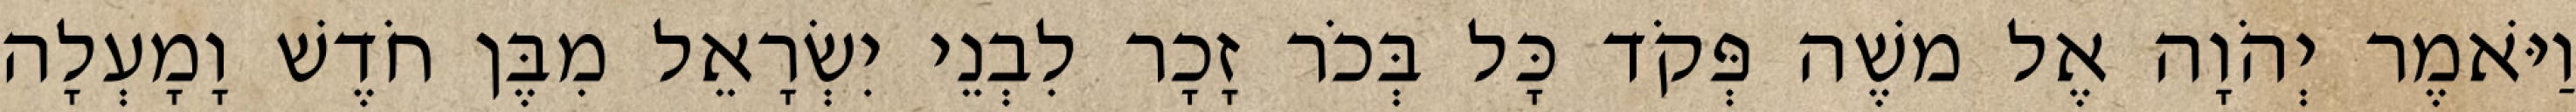
וַיֹּאמֶר יְהֹוָה אֶל משֶׁה פְּקֹד כָּל בְּכֹר זָכָר לִבְנֵי יִשְׂרָאֵל מִבֶּן חֹדֶשׁ וָמָעְלָה